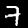
Label: 7